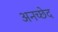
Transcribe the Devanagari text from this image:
अनच्छेद